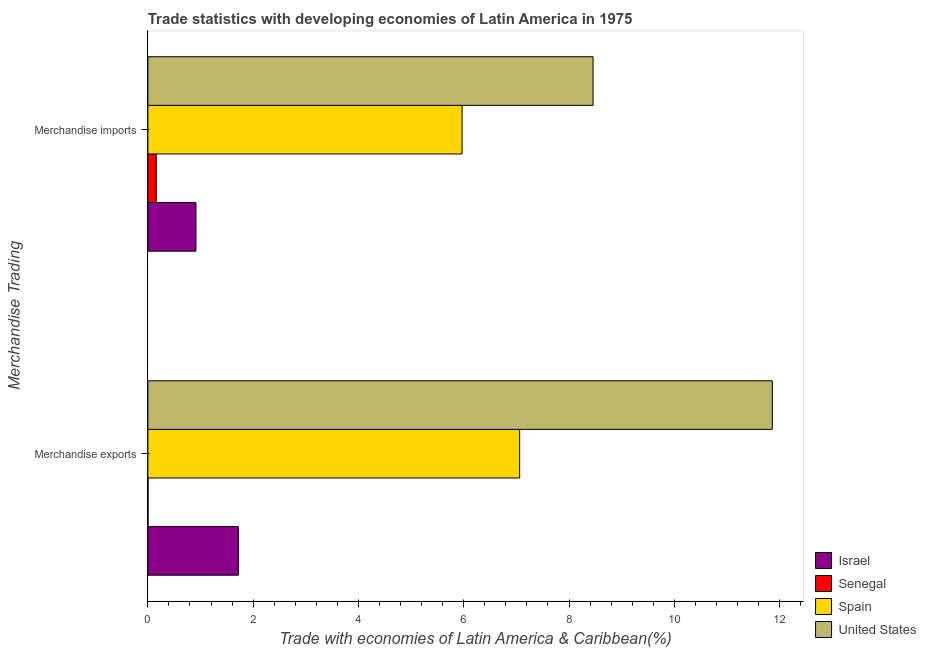
| Merchandise Trading | Israel | Senegal | Spain | United States |
 | --- | --- | --- | --- | --- |
 | Merchandise exports | 1.72 | 0.00303 | 7.06 | 11.9 |
 | Merchandise imports | 0.913 | 0.159 | 5.97 | 8.46 |